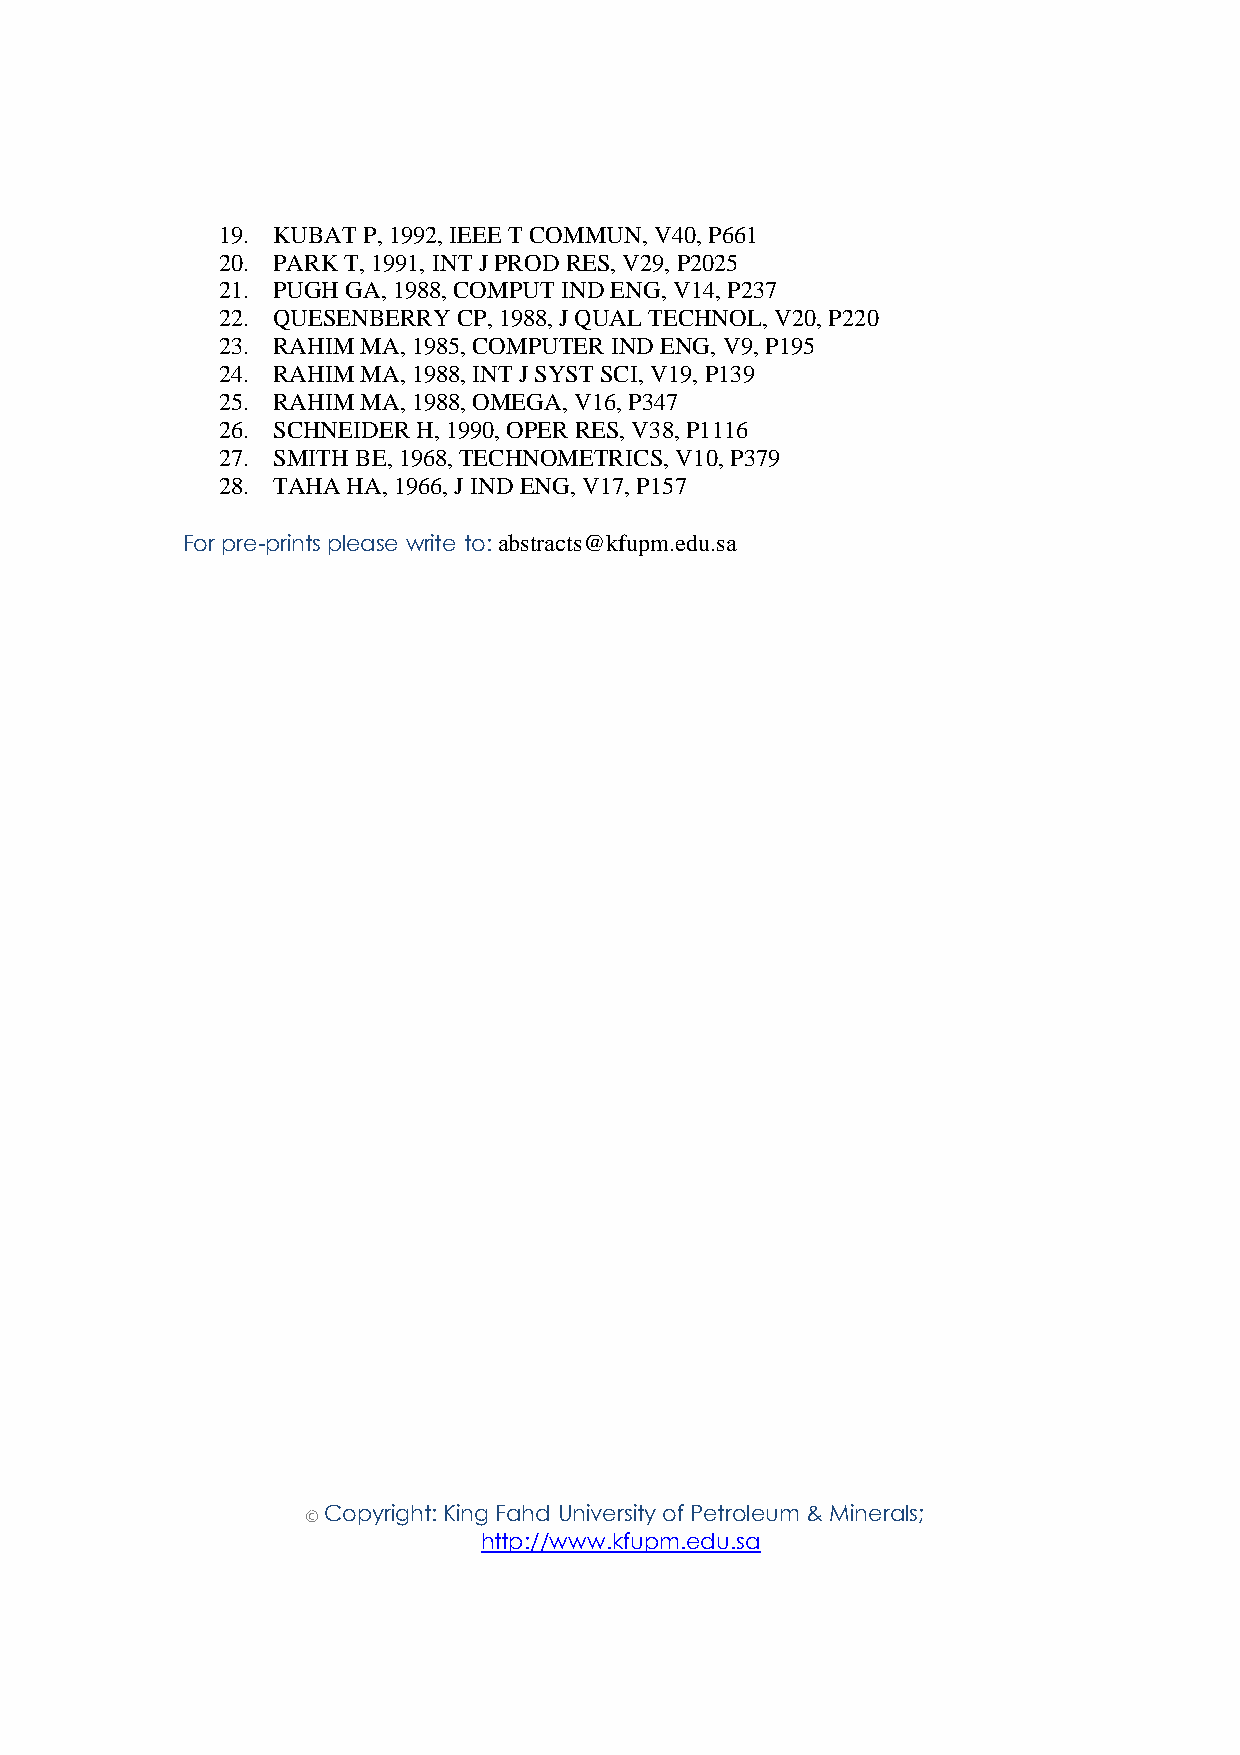
19. KUBAT P, 1992, IEEE T COMMUN, V40, P661
 20. PARK T, 1991, INT J PROD RES, V29, P2025
 21. PUGH GA, 1988, COMPUT IND ENG, V14, P237
 22. QUESENBERRY CP, 1988, J QUAL TECHNOL, V20, P220
 23. RAHIM MA, 1985, COMPUTER IND ENG, V9, P195
 24. RAHIM MA, 1988, INT J SYST SCI, V19, P139
 25. RAHIM MA, 1988, OMEGA, V16, P347
 26. SCHNEIDER H, 1990, OPER RES, V38, P1116
 27. SMITH BE, 1968, TECHNOMETRICS, V10, P379
 28. TAHA HA, 1966, J IND ENG, V17, P157
 For pre-prints please write to: abstracts@kfupm.edu.sa
 © Copyright: King Fahd University of Petroleum & Minerals;
 http://www.kfupm.edu.sa